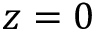
z = 0